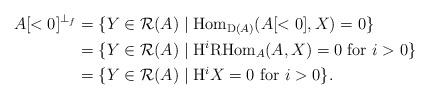
LaTeX: \begin{align*}A[< 0]^{\perp_{f}} &= \{Y \in \mathcal{R}(A) \mid \mathrm{Hom}_{\mathrm{D}(A)}(A[< 0],X) = 0\}\\&=\{Y \in \mathcal{R}(A) \mid \mathrm{H}^{i}\mathrm{RHom}_{A}(A,X) = 0~\textrm{for}~i>0\}\\&=\{Y \in \mathcal{R}(A) \mid \mathrm{H}^{i}X = 0~\mathrm{for}~i>0\}.\end{align*}